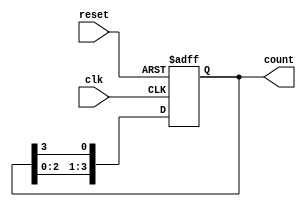
module ring_counter (
    input wire clk,          // Clock input
    input wire reset,        // Asynchronous reset
    output reg [N-1:0] count // Output representing the state of the ring counter
);

parameter N = 4; // Number of flip-flops, can be adjusted as needed

// Initialize count to 0001 on reset
always @(posedge clk or posedge reset) begin
    if (reset) begin
        count <= 1; // Set initial state to 0001
    end else begin
        // Shift the '1' around the ring
        count <= {count[N-2:0], count[N-1]}; // Shift left
    end
end

endmodule